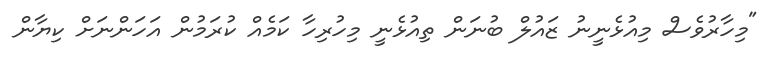
"މިހާރުވެސް މިއުޅެނީނު ޒައުލް ބުނަން ތިއުޅެނީ މިހުރިހާ ކަމެއް ކުރަމުން އަހަންނަށް ކިޔާން